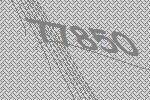
77850